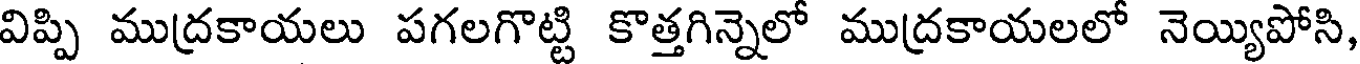
విప్పి ముద్రకాయలు పగలగొట్టి కొత్తగిన్నెలో ముద్రకాయలలో నెయ్యిపోసి,